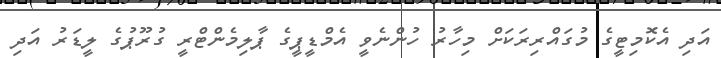
އަދި އެކޮމިޓީގެ މުގައްރިރަކަށް މިހާރު ހުންނެވީ އެމްޑީޕީގެ ޕާލިމެންޓްރީ ގުރޫޕުގެ ލީޑަރު އަދި